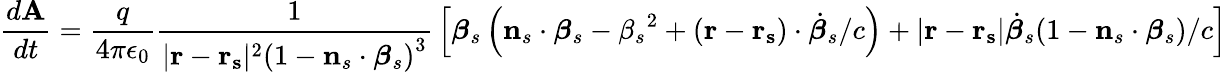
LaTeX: {\frac{d\mathbf{A}}{dt}}={\frac{q}{4\pi\epsilon_{0}}}{\frac{1}{|\mathbf{r}-\mathbf{r_{s}}|^{2}\left(1-\mathbf{n}_{s}\cdot{\boldsymbol{\beta}}_{s}\right)^{3}}}\left[{\boldsymbol{\beta}}_{s}\left(\mathbf{n}_{s}\cdot{\boldsymbol{\beta}}_{s}-{\beta_{s}}^{2}+(\mathbf{r}-\mathbf{r_{s}})\cdot{\dot{\boldsymbol{\beta}}}_{s}/c\right)+|\mathbf{r}-\mathbf{r_{s}}|{\dot{\boldsymbol{\beta}}}_{s}(1-\mathbf{n}_{s}\cdot{\boldsymbol{\beta}}_{s})/c\right]